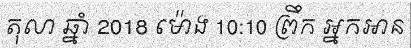
តុលា ឆ្នាំ 2018 ម៉ោង 10:10 ព្រឹក អ្នកអាន